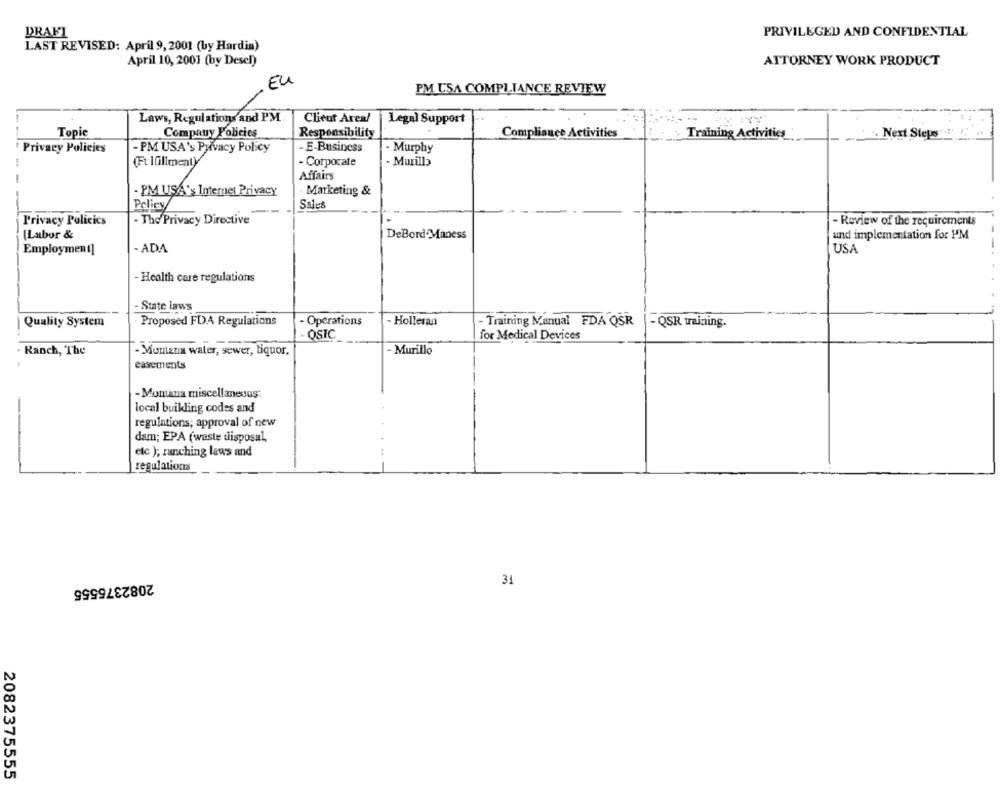
DRAFT
PRIVILEGED AND CONFIDENTIAL
LAST REVISED: April 9, 2001 (by Hardin)
April 10, 2001 (by Desel)
ATTORNEY WORK PRODUCT
. EL
PM USA COMPLIANCE REVIEW
Laws, Regulations and PM
Client Areal
. ...
Legal Support
Topic
Company Policies
Responsibility
Compliance Activities
. Training Activities
. Next Steps
Privacy Policies
-PM USA's Privacy Policy
- E-Business
- Murphy
1
(FrlGlimenty
- Corporate
- Murillo
-
Affairs
Marketing &
- PM USA's Internet Privacy
Policy
Sales
Privacy Policies
- The Privacy Directive
- Review of the requirements
(Labor &
DeBord'Maness
and implementation for PM
Employment]
- ADA
USA
- Health care regulations
-State laws
Quality System
Proposed FDA Regulations
Operations
- Holleran
- Training Manual FDA QSR
- QSR training.
OSIC
for Medical Devices
. Ranch, The
- Montena waler, sewer, liquor,
- Murillo
easements
- Momana miscellaneous:
local buikling codes and
regulations; approval of new
dam; EPA (waste disposal,
etc ); ranching laws and
regulations
2082375555
31
2082375555